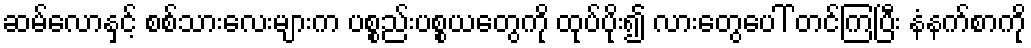
ဆမ်လောနှင့် စစ်သားလေးများက ပစ္စည်းပစ္စယတွေကို ထုပ်ပိုး၍ လားတွေပေါ် တင်ကြပြီး နံနက်စာကို